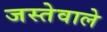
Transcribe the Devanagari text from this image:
जस्तेवाले